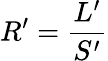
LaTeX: R^{\prime}={\frac{L^{\prime}}{S^{\prime}}}